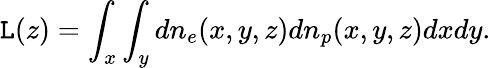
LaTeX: \texttt{L}(z)=\int_{x}\int_{y}dn_{e}(x,y,z)dn_{p}(x,y,z)dxdy.